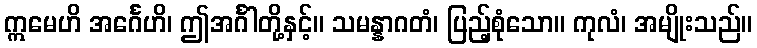
ဣမေဟိ အင်္ဂေဟိ၊ ဤအင်္ဂါတို့နှင့်။ သမန္နာဂတံ၊ ပြည့်စုံသော။ ကုလံ၊ အမျိုးသည်။